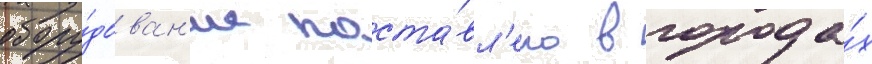
обору́дован'ие поста́вл'ено в города́х